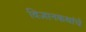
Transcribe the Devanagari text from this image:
विज्ञानकथांचे